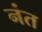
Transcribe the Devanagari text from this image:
नंत